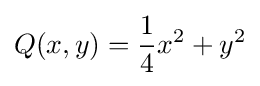
Q(x,y)={\frac {1}{4}}x^{2}+y^{2}